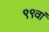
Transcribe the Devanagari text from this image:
९९वां